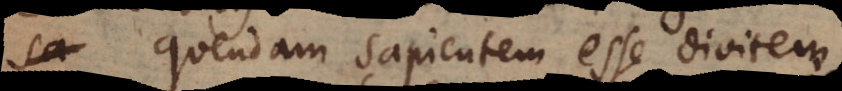
quendam sapientem esse divitem.